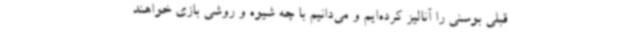
قبلی بوسنی را آنالیز کرده‌ایم و می‌دانیم با چه شیوه و روشی بازی خواهند